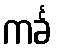
ကင်္ခ